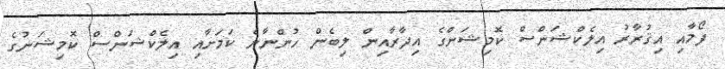
ފޯމާއި އިޤުރާރު އިލެކްޝަންސް ކޮމިޝަންގެ އިދާރާއިން ލިބެން ހުންނާނެ ކަމަށާއި އިލެކްޝަންސް ކޮމިޝަނުގެ